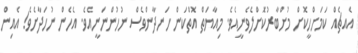
އެއޗެއް ކަމަށްހީކޮށް މުށްބާރުކޮށްލެވެނީއެވެ. މިއާޔަތް އޮތްކަން ހަނދާންވެސް ނުހުންނަނީއެވެ. އެހެން ނުހަދާށެވެ! އެއިން